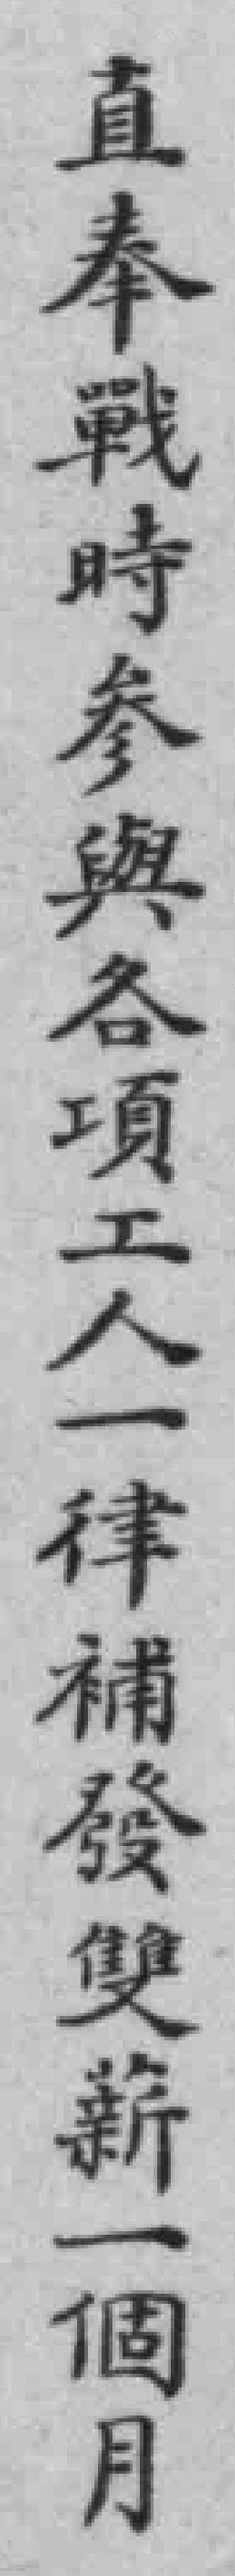
直奉戰時参與各項工人一律補發雙薪一個月